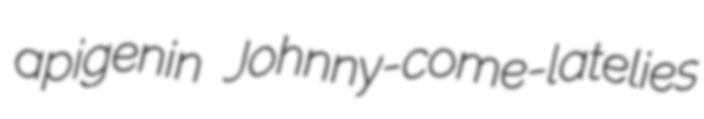
apigenin Johnny-come-latelies